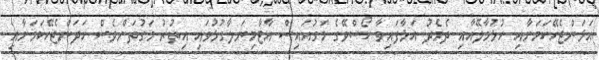
އަޅަންޖެހޭކަމަށާއި ހުޅުމާލޭއާއި ދެމެދު އަޅާފައިވާ ކޯސްވޭގެ މަގުއައިސް އާޓާމިނަލާގުޅުވައި އިތުރު މަގުތަށްވެސް ހަދަންޖެހޭކަމަށާއި